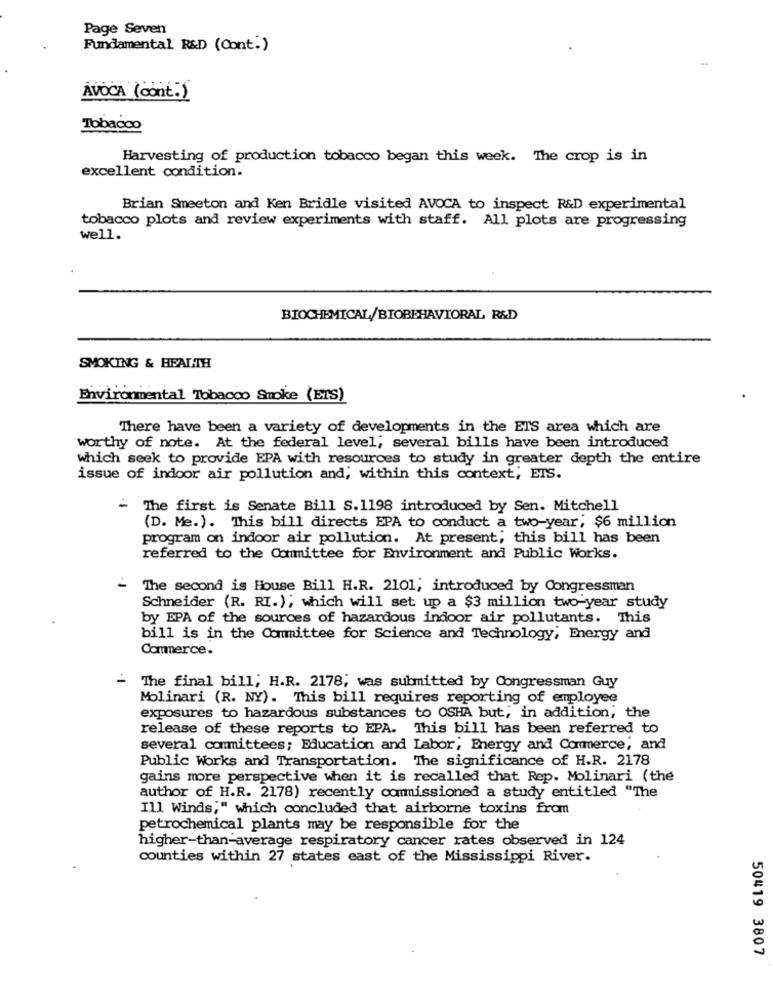
Page Seven
Fundamental R&D (Cont.)
-.
AVOCA (cont.)
Tobacco
Harvesting of production tobacco began this week. The crop is in
excellent condition.
Brian Smeeton and Ken Bridle visited AVOCA to inspect R&D experimental
tobacco plots and review experiments with staff. All plots are progressing
well.
BIOCHEMICAL/BIOBEHAVIORAL R&D
SMOKING & HEALTH
Environmental Tobacco Smoke (ETS)
There have been a variety of developments in the ETS area which are
worthy of note. At the federal level, several bills have been introduced
which seek to provide EPA with resources to study in greater depth the entire
issue of indoor air pollution and, within this context; ETS.
-
The first is Senate Bill S.1198 introduced by Sen. Mitchell
(D. Me.). This bill directs EPA to conduct a two-year, $6 million
program on indoor air pollution. At present; this bill has been
referred to the Committee for Environment and Public Works.
- The second is House Bill H.R. 2101; introduced by Congressman
Schneider (R. RI.), which will set up a $3 million two-year study
by EPA of the sources of hazardous indoor air pollutants. This
bill is in the Committee for Science and Technology, Energy and
Commerce.
The final bill; H.R. 2178; was submitted by Congressman Guy
Molinari (R. NY). This bill requires reporting of employee
exposures to hazardous substances to OSHA but, in addition; the
release of these reports to EPA. This bill has been referred to
several committees; Education and Labor, Energy and Commerce, and
Public Works and Transportation. The significance of H.R. 2178
gains more perspective when it is recalled that Rep. Molinari (the
author of H.R. 2178) recently commissioned a study entitled "The
Ill Winds," which concluded that airborne toxins from
petrochemical plants may be responsible for the
higher-than-average respiratory cancer rates observed in 124
counties within 27 states east of the Mississippi River.
50419 3807